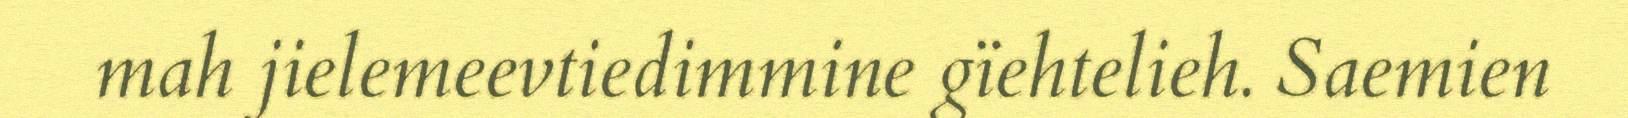
mah jielemeevtiedimmine gïehtelieh. Saemien